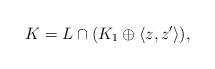
LaTeX: \begin{align*}K=L\cap (K_1\oplus\langle z,z'\rangle),\end{align*}